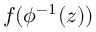
f ( \phi ^ { - 1 } ( z ) )